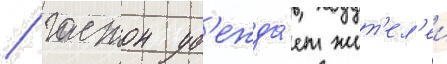
/ гастон уб'ежда́ет жит'ел'еи